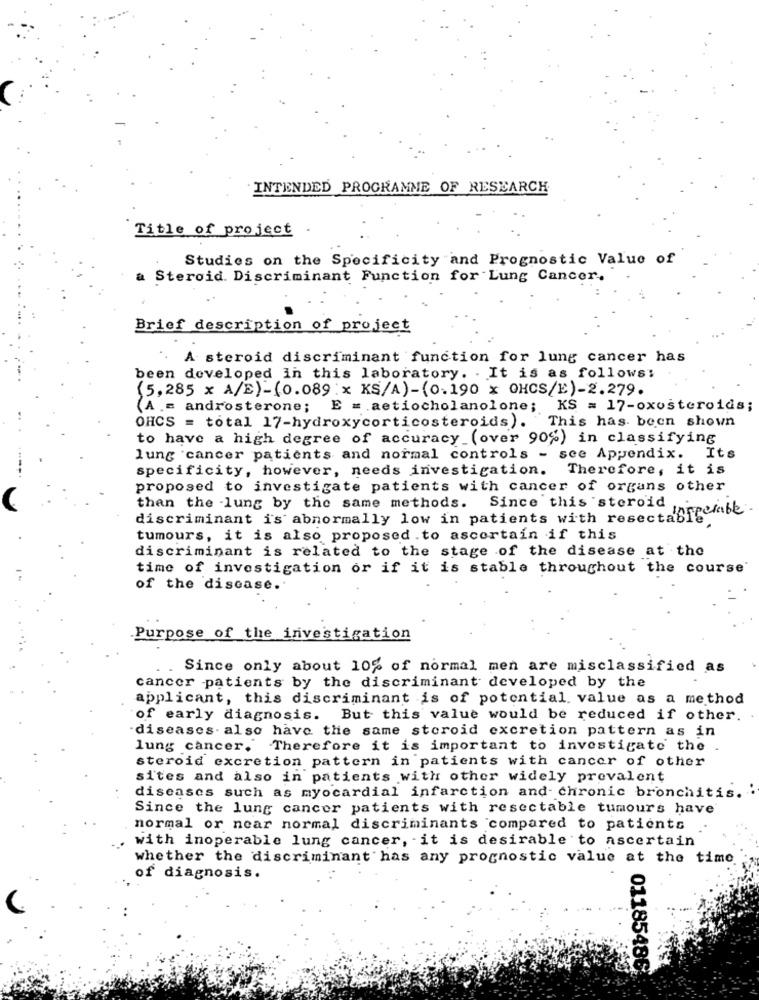
INTENDED PROGRAMME OF RESEARCH
Title of project .
Studies on the Specificity and Prognostic Value of
a Steroid. Discriminant Function for Lung Cancer.
Brief description of projeet
A steroid discriminant function for lung cancer has
been developed in this laboratory. . It is as follows:
(5,285 x A/E)- (0.089 : x KS/A) - (0.190 x OHCS/E)-2.279.
(A .= androsterone; E = . aetiocholanolone; KS = 17-oxosteroids;
OHCS = total 17-hydroxycorticosteroids). This has been shown
to have a high degree of accuracy (over 90%) in classifying
lung cancer patients and normal controls - see Appendix.
Its
specificity, however, needs investigation. Therefore, it is
proposed to investigate patients with cancer of organs other
than the -lung by the same methods. Since this steroid
discriminant is abnormally low in patients with resectablebe
tumours, it is also proposed .to ascertain if this
discriminant is related to the stage of the disease at the
time of investigation or if it is stable throughout the course
of the disease.
Purpose of the investigation
Since only about 10% of normal men are misclassified as
cancer patients by the discriminant developed by the
applicant, this discriminant is of potential. value as a method
of early diagnosis. But this value would be reduced if other.
diseases. also have the same steroid excretion pattern as in
lung cancer. Therefore it is important to investigate the
steroid excretion pattern in patients with cancer of other
sites and also in patients with other widely prevalent
diseases such as myocardial infarction and- chronic bronchitis.
Since the lung cancer patients with resectable tumours have
normal or near normal discriminants compared to patients
with inoperable lung cancer, it is desirable to ascertain
whether the discriminant has any prognostic value at the time
of diagnosis.
01185486